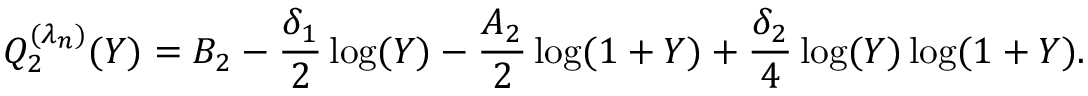
Q _ { 2 } ^ { ( \lambda _ { n } ) } ( Y ) = B _ { 2 } - \frac { \delta _ { 1 } } { 2 } \log ( Y ) - \frac { A _ { 2 } } { 2 } \log ( 1 + Y ) + \frac { \delta _ { 2 } } { 4 } \log ( Y ) \log ( 1 + Y ) .